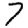
Digit: 7